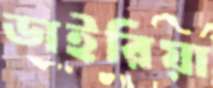
ডাইরিয়া